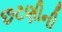
છટણીની